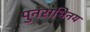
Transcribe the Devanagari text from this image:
पुनराभिनय